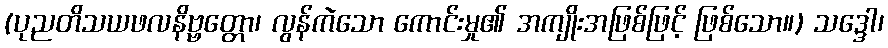
(ပုညတိသယဖလနိဗ္ဗတ္တော၊ လွန်ကဲသော ကောင်းမှု၏ အကျိုးအဖြစ်ဖြင့် ဖြစ်သော။) သဒ္ဒေါ၊